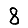
Digit: 8